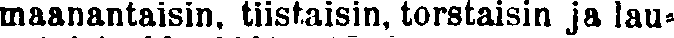
maanantaisin, tiistaisin, torstaisin ja lau-